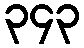
၃၄၃